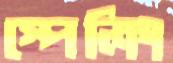
স্পেলিং